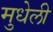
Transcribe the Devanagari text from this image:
मुधेली